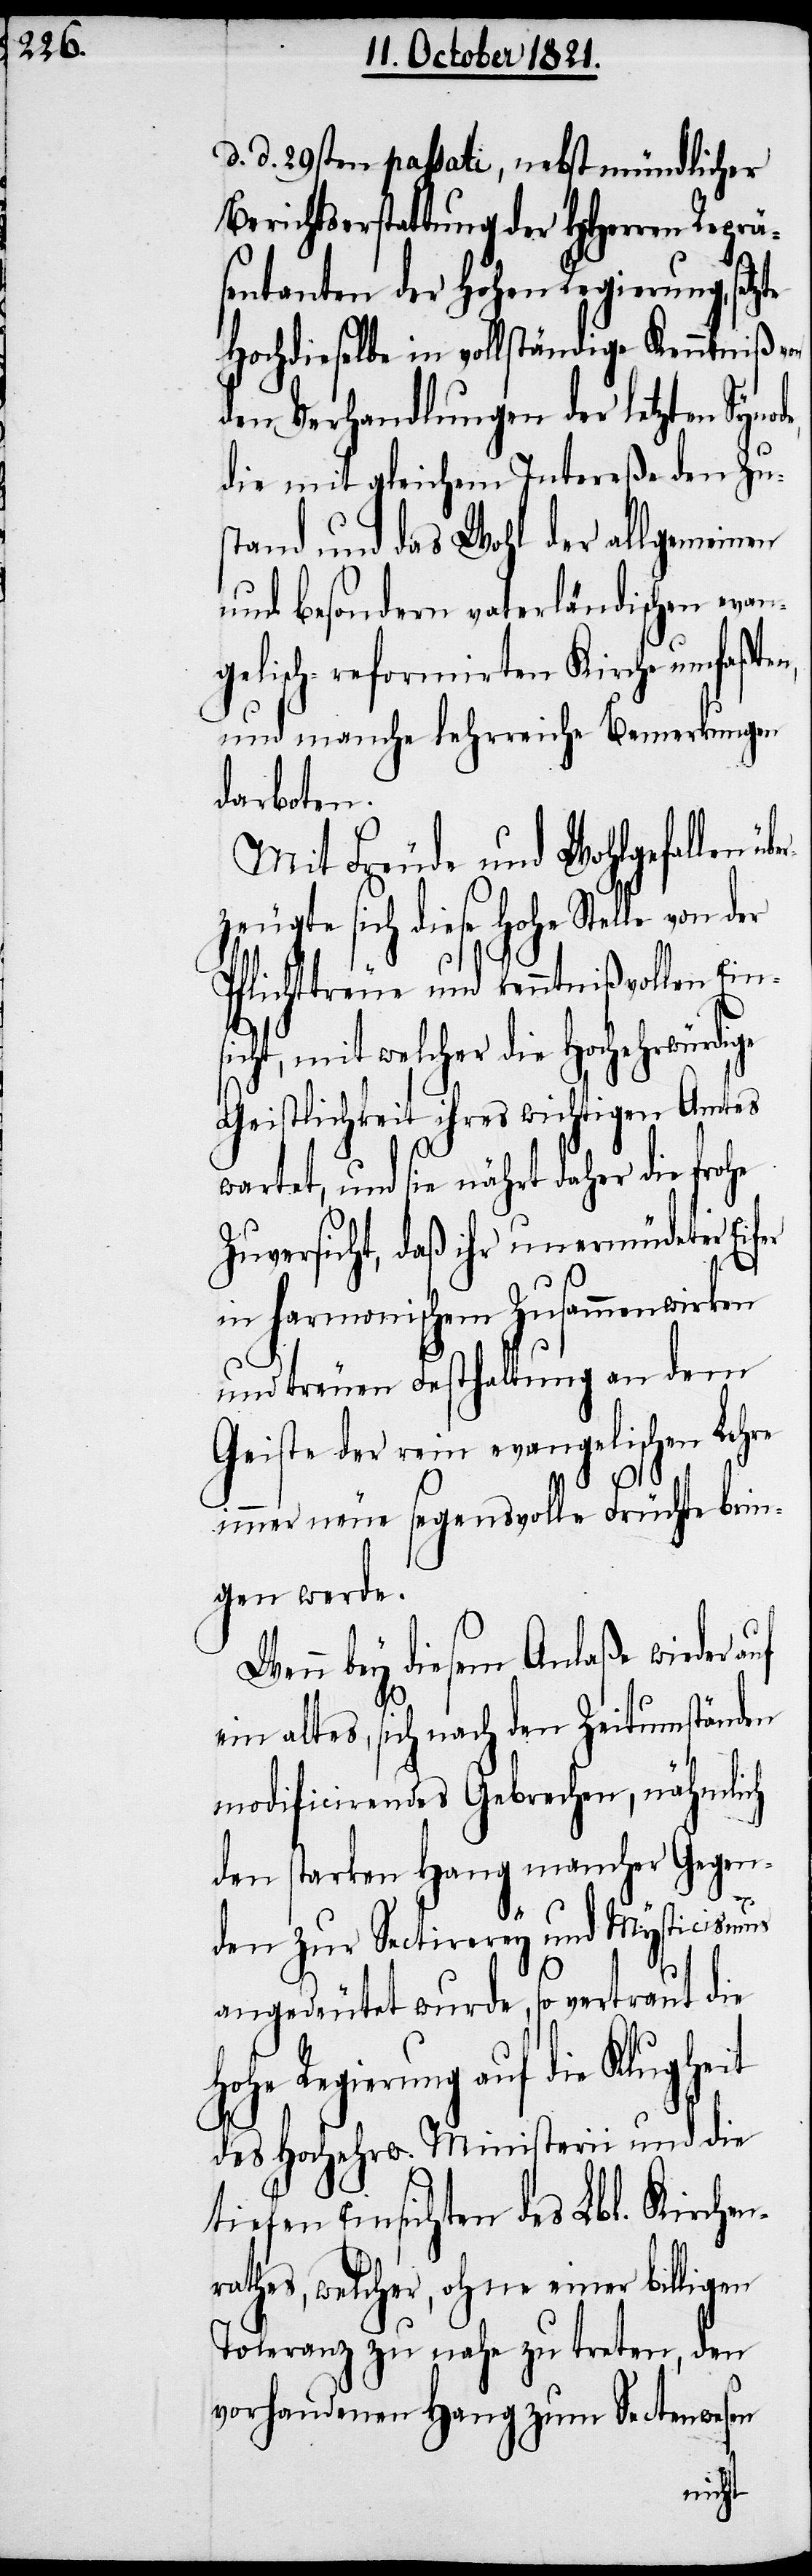
d. d. 29sten passati, nebst mündlicher
Berichtserstattung der HHerren Reprä¬
sentanten der hohen Regierung, set¬
Hochdieselbe in vollständige Kenntniß
den Verhandlungen der letzten Synod¬
die mit gleichem Intereße den Z¬
stand und das Wohl der allgemeinen
und besondern vaterländischen eva¬
gelisch-reformirten Kirche umfaßt¬
und manche lehrreiche Bemerkungen
darboten.
Mit Freude und Wohlgefallen
sich diese hohe Stelle von
Pflichttreue und kenntnißvollen Ei¬
t, mit welcher die Hochehrwürdi¬
Geistlichkeit ihres wichtigen Amtes
wartet, und sie nährt daher die fro¬
Zuversicht, daß ihr unermüdender
zte
in harmonischem Zusammenwirken
und treuen Festhaltung an dem
Geiste der rein evangelischen
immer neue segensvolle Früchte bri¬
ngen werde.
bey diesem Anlaße wieder
ein altes, sich nach den Zeitumständen
he
modificirendes Gebrechen, näh¬
den starken Hang mancher Gege¬
nden zur Sectirerey und Mysticismus
angedeutet werde, so vertraut die
hohe Regierung auf die Klugheit
des Hochehrw. Ministerii und die
tiefen Einsichten des Lbl. Kirchen¬
rathes, welcher, ohne einer billigen
Toleranz zu nahe zu treten, den
vorhandenen Hang zum Sectenwesen
mlich